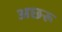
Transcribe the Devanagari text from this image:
अछरू